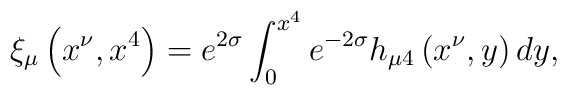
\xi_{\mu}\left(x^{\nu},x^{4}\right)=e^{2\sigma}\int_{0}^{x^{4}}e^{-2\sigma}h_{\mu4}\left(x^{\nu},y\right)dy,